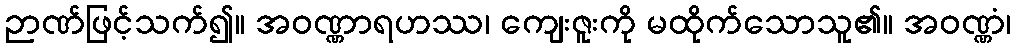
ဉာဏ်ဖြင့်သက်၍။ အဝဏ္ဏာရဟဿ၊ ကျေးဇူးကို မထိုက်သောသူ၏။ အဝဏ္ဏံ၊